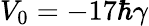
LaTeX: V_{0}=-17\hbar\gamma